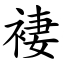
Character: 褄